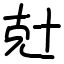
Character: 兙